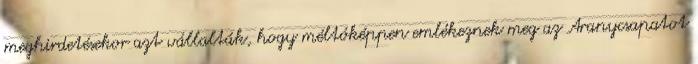
meghirdetésekor azt vállalták, hogy méltóképpen emlékeznek meg az Aranycsapatot